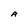
Character: A